system: You are a helpful assistant.
user:
Analyze the provided spectrum to determine if it is a **M-type Giant (gM)**.

A M-type Giant spectrum is defined by its **strong molecular absorption** features, particularly from **Titanium Oxide (TiO)**. You must check for one of the following mutually exclusive signatures:

- **Key Visual Indicators (Absorption-Dominated Spectrum):**

    - **(Primary):** The spectrum is dominated by strong molecular absorption from **Titanium Oxide (TiO)**. This is the **defining feature** of its M-type temperature class.
        - **(Key Bandheads):** Look for sharp, "saw-tooth" absorption valleys. The strongest are located near **~7050 Å**, **~6160 Å**, and **~5170 Å**.
        - **(Line Profile):** The "saw-tooth" morphology is critical: a **sharp, steep drop on the BLUE (short-wavelength) side** of the bandhead, followed by a gradual recovery (rising flux) towards the RED (long-wavelength) side.

    - **(Key Confirmation - Giant vs. Dwarf):** **ABSENCE** of strong **Calcium Hydride (CaH)** molecular bands. This is the primary diagnostic for *excluding* M-dwarfs.
        - **(Key Region):** The spectrum should lack the strong, broad absorption band seen in dwarfs between **~6800 Å and ~7000 Å**.

    - **(Secondary Confirmation - Giant):** A very strong and broad **Neutral Calcium (Ca I)** atomic absorption line.
        - **(Key Line):** Located at **~4226 Å**. In a giant (gM), this line is significantly deeper and broader than the same line in an M-dwarf (dM) due to low surface gravity.

    - **(Overall Spectrum):**
        - The continuum is **extremely red-sloping** (i.e., flux is very low in the blue and rises dramatically towards the red).
        - The entire spectrum appears "chopped up" by the deep TiO bands.

Think first, call **spectral_visualization_tool** if needed to examine features in detail, then provide your final answer. Your response must adhere to the following strict rules:
1.  **Overall Structure:** Your response must follow the format `<think>...</think> <tool_call>...</tool_call> (if a tool is used) <answer>...</answer>`.
2.  **Tool Usage Constraint:** You may only make **one** tool call per turn.
3.  **Final Answer Format:** In the `<answer>` tag, your conclusion must be inside a `\boxed{}` command (e.g., `\boxed{YES}` or `\boxed{NO}`), followed by your justification.

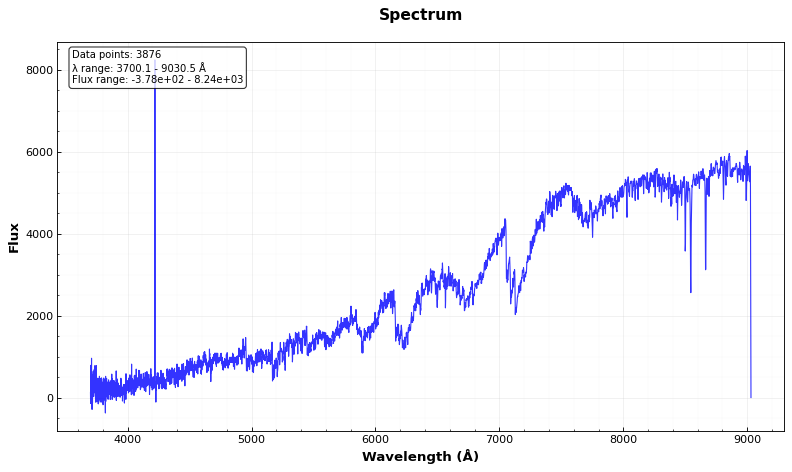
Answer: YES